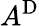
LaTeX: A^{\mathrm{D}}